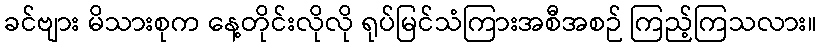
ခင်ဗျား မိသားစုက နေ့တိုင်းလိုလို ရုပ်မြင်သံကြားအစီအစဉ် ကြည့်ကြသလား။